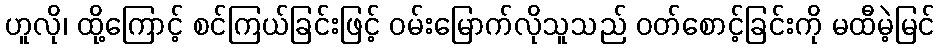
ဟူလို၊ ထို့ကြောင့် စင်ကြယ်ခြင်းဖြင့် ဝမ်းမြောက်လိုသူသည် ဝတ်စောင့်ခြင်းကို မထီမဲ့မြင်